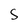
Character: S